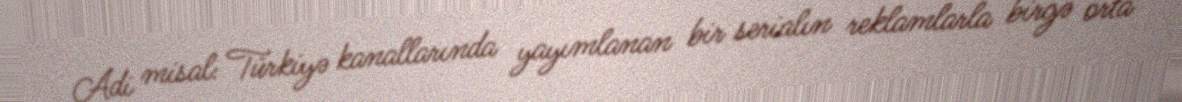
Adi misal: Türkiyə kanallarında yayımlanan bir serialın reklamlarla birgə orta